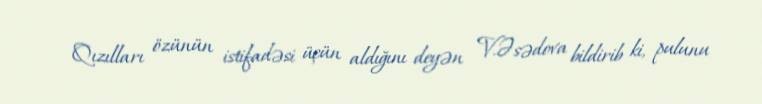
Qızılları özünün istifadəsi üçün aldığını deyən V.Əsədova bildirib ki, pulunu